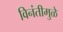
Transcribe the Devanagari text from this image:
विनंतीमुळे